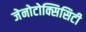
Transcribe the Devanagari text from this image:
जेनोटोक्सिसिटी